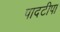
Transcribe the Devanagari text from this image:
पादटीपा